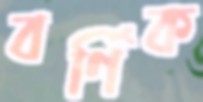
বর্ণিক